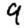
Digit: 9